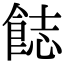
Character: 𩛣